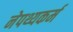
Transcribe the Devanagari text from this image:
नेपथ्यकर्म